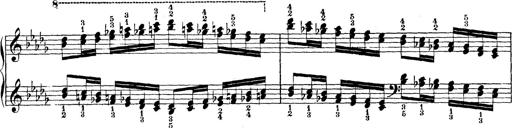
Title: Technische Studien
Composer: Franz Liszt